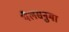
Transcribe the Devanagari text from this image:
थैलसनुमा